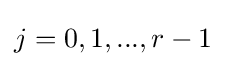
j=0,1,...,r-1